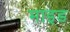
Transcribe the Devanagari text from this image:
माइड